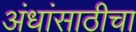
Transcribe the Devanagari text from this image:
अंधांसाठीचा